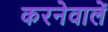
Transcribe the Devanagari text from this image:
करनेवालें